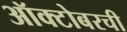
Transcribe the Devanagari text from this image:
ऑक्टोबरची